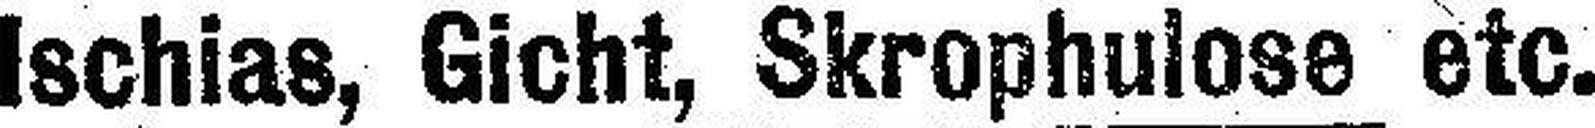
Ischias, Gicht, Skrophulose etc.